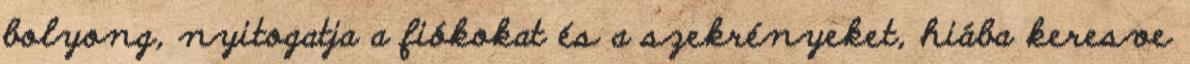
bolyong, nyitogatja a fiókokat és a szekrényeket, hiába keresve